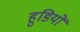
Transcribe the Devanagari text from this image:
हुडियों